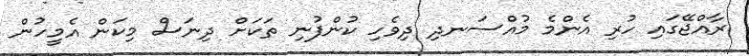
ރާއްޖޭގައި ހުރި އެންމެ މުއްސަނދި ދިވެހި ކުންފުނި ތަކަށް ދިނަސް މިކަން އެމީހުން